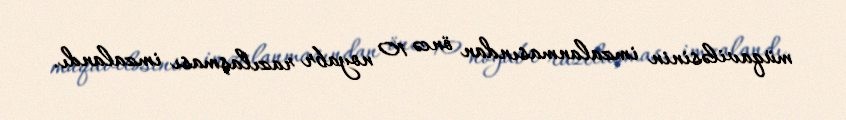
müqaviləsinin imzalanmasından öncə 10 noyabr razılaşması imzalandı.